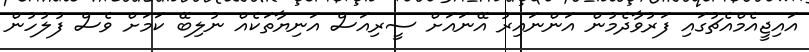
އައިޖީއެމްއެޗުގައި ފަރުވާދެމުން އަންނައިރު އޭނައަށް ސީރިއަސް އަނިޔާތަކެއް ނުލިބޭ ކަމަށް ވެސް ފުލުހުން